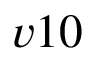
v 1 0